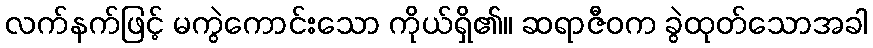
လက်နက်ဖြင့် မကွဲကောင်းသော ကိုယ်ရှိ၏။ ဆရာဇီဝက ခွဲထုတ်သောအခါ